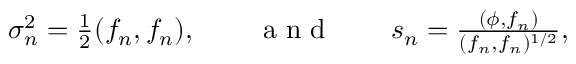
\begin{array} { r } { \sigma _ { n } ^ { 2 } = \frac { 1 } { 2 } ( f _ { n } , f _ { n } ) , \qquad \mathrm { ~ a ~ n ~ d ~ } \qquad s _ { n } = \frac { ( \phi , f _ { n } ) } { ( f _ { n } , f _ { n } ) ^ { 1 / 2 } } , } \end{array}